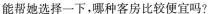
能帮她选择一下，哪种客房比较便宜吗?